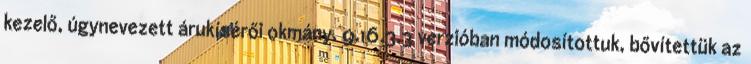
kezelő, úgynevezett árukísérői okmány. 9.16.3.3 verzióban módosítottuk, bővítettük az